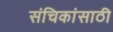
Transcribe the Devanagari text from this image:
संचिकांसाठी